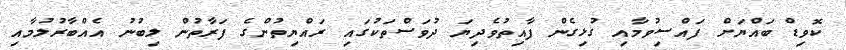
ކޮވިޑް ބައްޔަށް ފައްސިވުމާއި ގުޅިގެން ފާއިތުވެދިޔަ ދުވަސްތަކުގައި ރައްޔިތުންގެ ފަރާތުން ލިބުނު އެއްބާރުލުމާއި